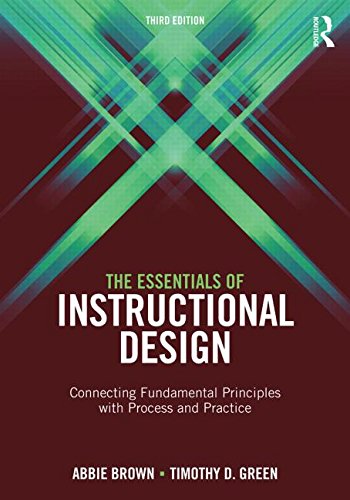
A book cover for The Essentials of Instructional Design: Connecting Fundamental Principles with Process and Practice, Third Edition; Abbie H. Brown; Education & Teaching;